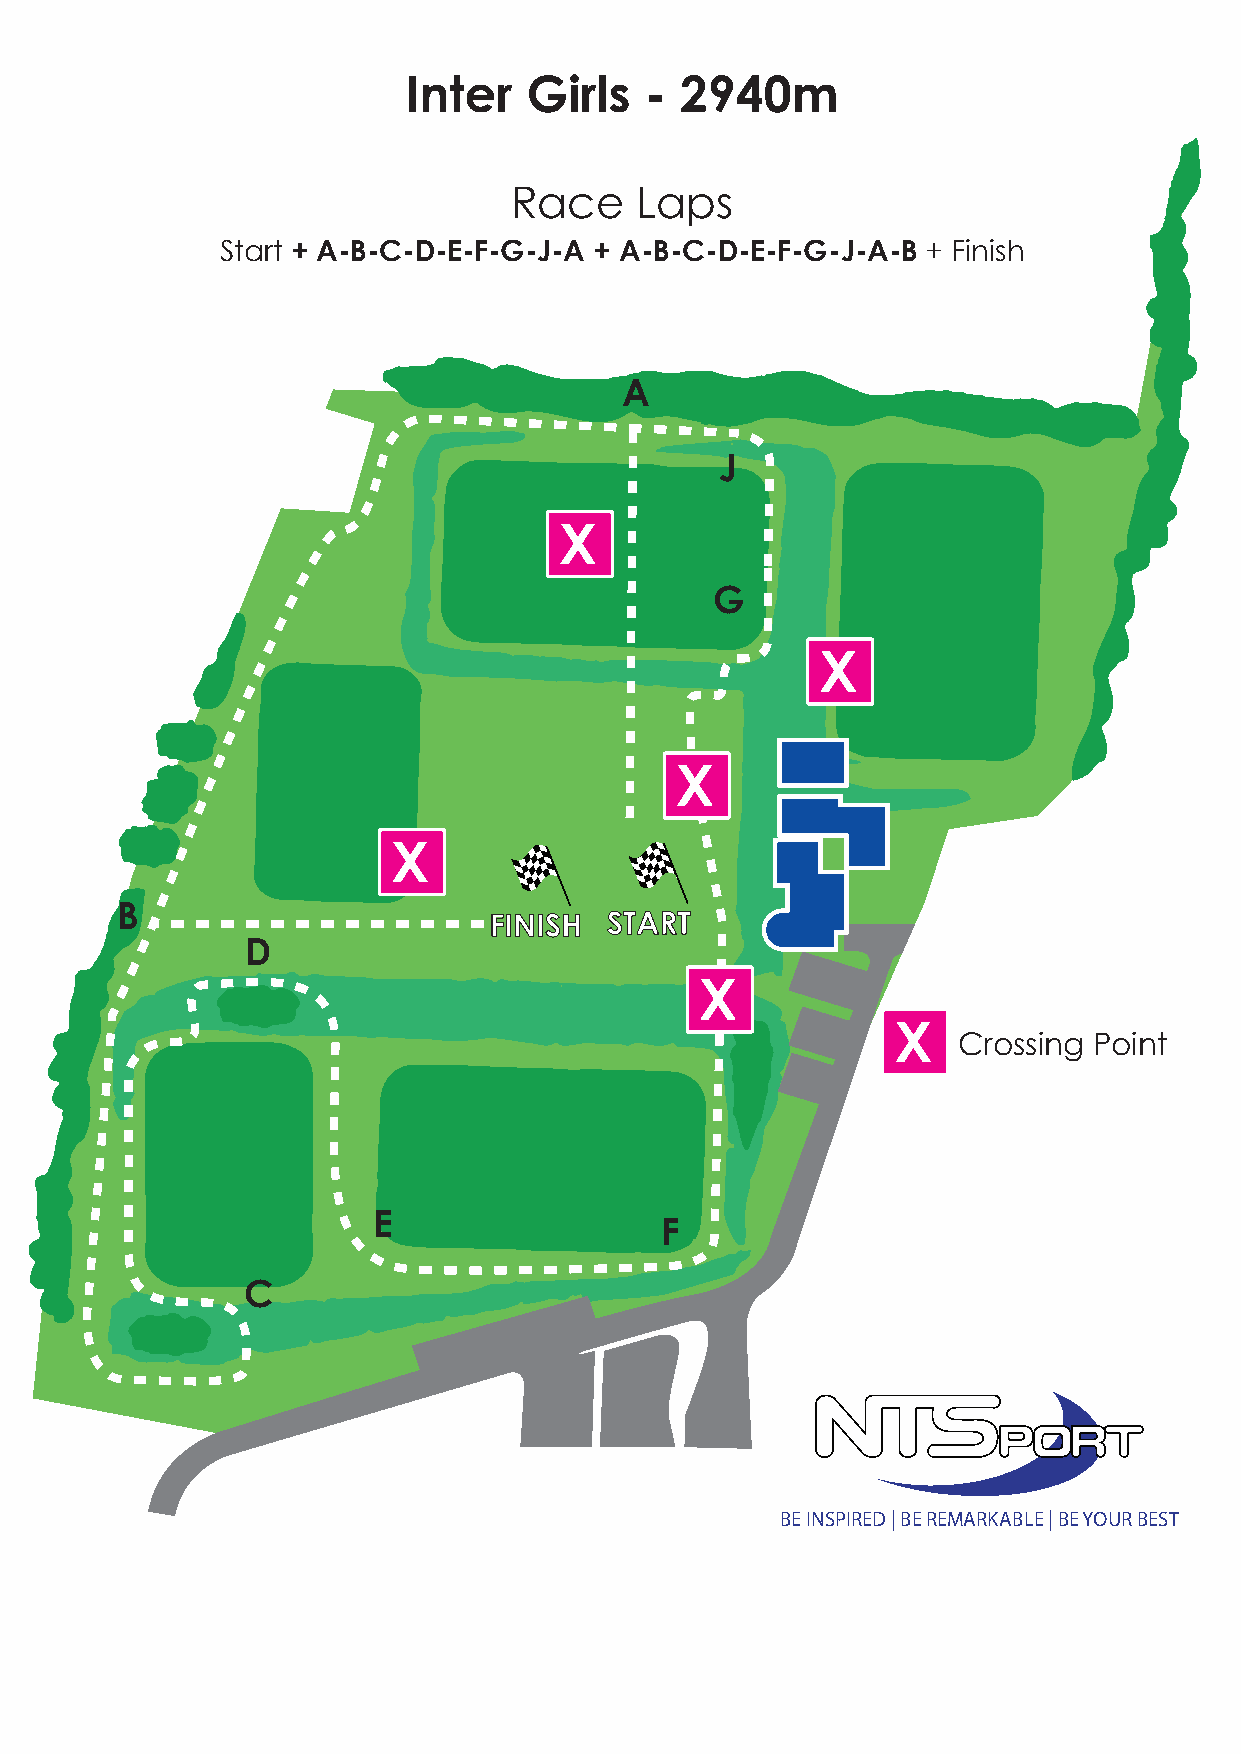
IJJnIuuntnnetieiroo rrGr G BGiiorrilrlysslss -- -- 2 222993938431001mmmm
 RRRRaaaacccceeee LLLLaaaappppssss
 StaSSSrttttaaa +rrr tttA +++- BAAA----CBBB----CCCD----DDDE----FEEE----GFFF----HHHJ----AAAA ++++ AAAA----BBBB----CCCC---DDD-D---EEE-E---FFF-F---GGG-G---HHH-J---AAA-A +++-B FFF iii+nnn iiiFsssinhhhish
 A
 J
 X
 G
 X
 X
 X
 B
 FINISH  START
 D
 X
 X
 Crossing Point
 E
 F
 C
 BE INSPIRED | BE REMARKABLE | BE YOUR BEST